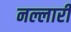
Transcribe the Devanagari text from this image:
नल्लारी